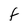
Character: t